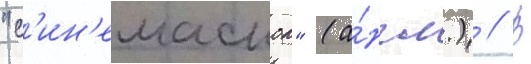
"с'ин'емаскоп" (а́нгл.) // В